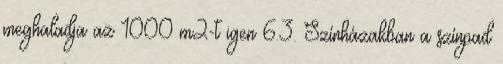
meghaladja az 1000 m2-t igen 6.3. Színházakban a színpad